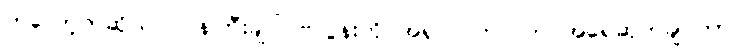
ကဲလော့ကဆိုယင် ဝန်ကြီးချုပ် ဗလွန်းကို အရှင်လတ်လတ် အရေဆုတ်ချင်တာ